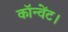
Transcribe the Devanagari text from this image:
कॉन्वेंट।